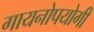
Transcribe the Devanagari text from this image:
गायनोपयोगी